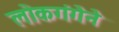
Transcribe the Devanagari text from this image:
लोकगंगेने